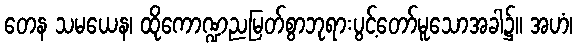
တေန သမယေန၊ ထိုကောဏ္ဍညမြတ်စွာဘုရားပွင့်တော်မူသောအခါ၌။ အဟံ၊